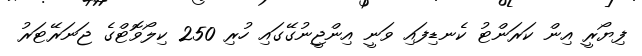
ފިޔޯރީ އިން ކަރަންޓު ކެނޑިފައި ވަނީ އިންޖީނުގޭގައި ހުރި 250 ކިލޯވޮޓްގެ ޖަނަރޭޓަރު